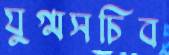
যুগ্মসচিব